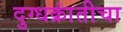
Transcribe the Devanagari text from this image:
दुग्धक्रांतीचा